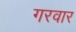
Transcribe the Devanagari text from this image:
गरवार